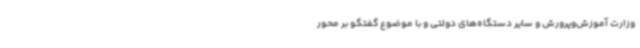
وزارت آموزش‌وپرورش و سایر دستگاه‌های دولتی و با موضوع گفتگو بر محور